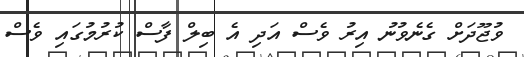
ވުޖޫދަށް ގެނެވުނު އިރު ވެސް އަދި އެ ބިލް ފާސް ކުރުމުގައި ވެސް